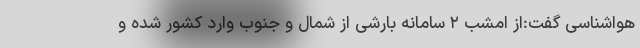
هواشناسی گفت:از امشب ۲ سامانه بارشی از شمال و جنوب وارد کشور شده و